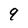
Character: 9